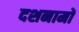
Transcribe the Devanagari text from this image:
दशनामों